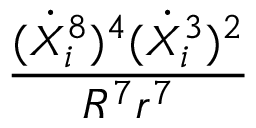
\frac { ( \dot { X } _ { i } ^ { 8 } ) ^ { 4 } ( \dot { X } _ { i } ^ { 3 } ) ^ { 2 } } { R ^ { 7 } r ^ { 7 } }